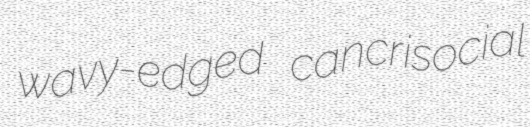
wavy-edged cancrisocial